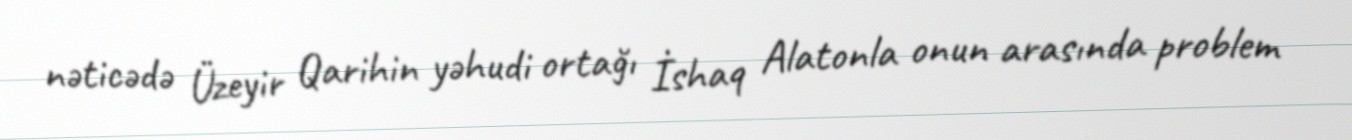
nəticədə Üzeyir Qarihin yəhudi ortağı İshaq Alatonla onun arasında problem